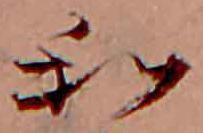
和